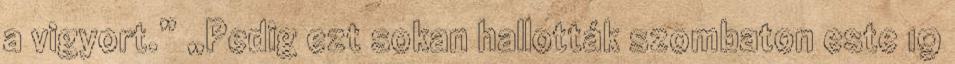
a vigyort.” „Pedig ezt sokan hallották szombaton este 19